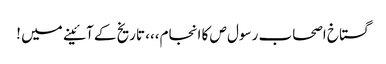
گستاخ اصحاب رسول ص کا انجام،،، تاریخ کے آئینے میں !